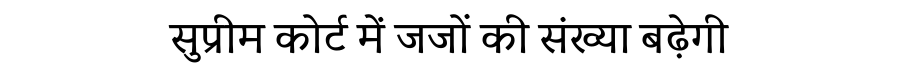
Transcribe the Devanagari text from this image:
सुप्रीम कोर्ट में जजों की संख्या बढ़ेगी